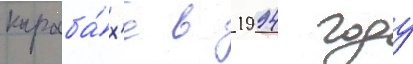
караба́х'е в 1994 году